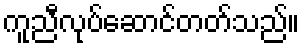
ကူညီလုပ်ဆောင်တတ်သည်။